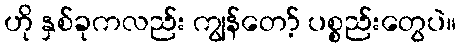
ဟို နှစ်ခုကလည်း ကျွန်တော့် ပစ္စည်းတွေပဲ။